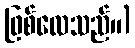
ဖြစ်လေသည်။)